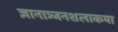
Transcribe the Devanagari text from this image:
ज्ञानाञ्जनशलाकया